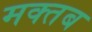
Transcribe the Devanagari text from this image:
मक्तब